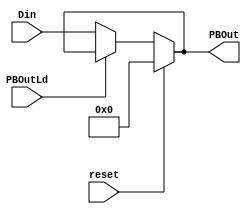
module PBOut(
    output[7:0] PBOut,  //B
    input reset,
    input PBOutLd,  //B
    input[7:0] Din
);

    reg[7:0] PBOutQ;  //BQ
    reg[7:0] PBOutD;  //BD
    assign PBOut = PBOutQ;  //BQB
    
    always @(PBOutLd or Din) begin
      if(PBOutLd==1'b0)
        PBOutD = Din;  //
      else
        PBOutD = PBOutQ;  //
    end
    
    always @(reset or PBOutLd or Din) begin
      if(reset)
        PBOutQ = 8'h00;
      else
        PBOutQ = PBOutD;
    end
    
endmodule